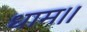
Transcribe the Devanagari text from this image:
धाम।।